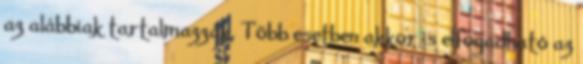
az alábbiak tartalmazzák. Több esetben akkor is elfogadható az